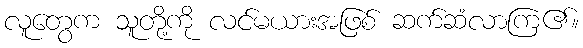
လူတွေက သူတို့ကို လင်မယားအဖြစ် ဆက်ဆံလာကြ၏။